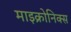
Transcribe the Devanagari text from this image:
माइक्रोनिक्स